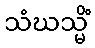
သံဃသ္မိံ